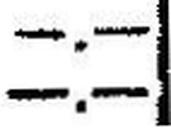
—.—